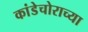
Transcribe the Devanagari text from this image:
कांडेचोराच्या